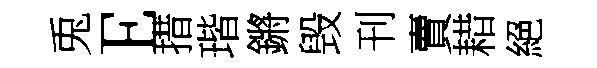
兎E措瑎鏘毁刊賣耤絕